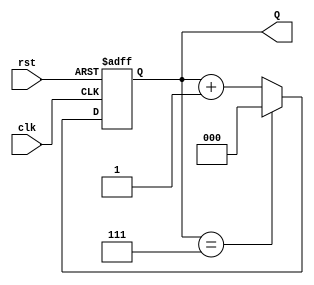
module binary_up_counter #(
    parameter N = 3  // Define the number of bits for the counter (default is 3 bits)
)(
    input wire clk,   // Clock input
    input wire rst,   // Asynchronous reset input
    output reg [N-1:0] Q  // Counter output
);

    // Counter process
    always @(posedge clk or posedge rst) begin
        if (rst) begin
            Q <= 0;  // Reset the counter to 0
        end else begin
            if (Q == (2**N - 1)) begin
                Q <= 0;  // Wrap around to 0 when max value is reached
            end else begin
                Q <= Q + 1;  // Increment the counter
            end
        end
    end

endmodule